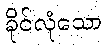
ခိုင်လုံသော